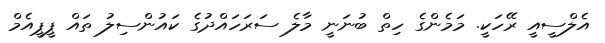
އެލްސީއީ ރޭހަކީ. މަމެންގެ ހިތް ބުނަނީ މާލެ ސަރަހައްދުގެ ކައުންސިލު ތައް ޕީޕީއެމް